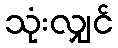
သုံးလျှင်